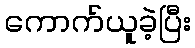
ကောက်ယူခဲ့ပြီး